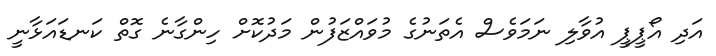
އަދި އޯޕީޕީ އުވާލި ނަމަވެސް އެތަނުގެ މުވައްޒަފުން މަދުކޮށް ހިންގާނެ ގޮތް ކަނޑައަޅާނީ